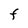
Character: F